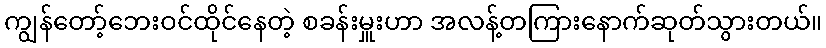
ကျွန်တော့်ဘေးဝင်ထိုင်နေတဲ့ စခန်းမှူးဟာ အလန့်တကြားနောက်ဆုတ်သွားတယ်။